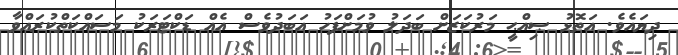
ދިޔައެވެ. އަތޮޅު ޞިއްޙީ މަރުކަޒަށް ބަދަލު ވުމަށްފަހު އަބަދުވެސް އެއް ޑަކްޓަރަކު މަސައްކަތްކުރައްވާ